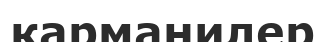
карманилер